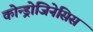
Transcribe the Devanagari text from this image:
कोन्ड्रोजिनेसिस